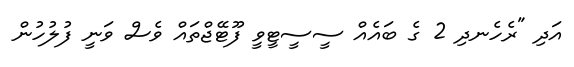
އަދި "ރެހެނދި 2 ގެ ބައެއް ސީސީޓީވީ ފޫޓޭޖްތައް ވެސް ވަނީ ފުލުހުން